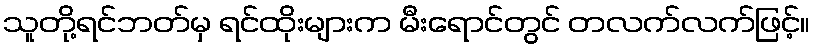
သူတို့ရင်ဘတ်မှ ရင်ထိုးများက မီးရောင်တွင် တလက်လက်ဖြင့်။